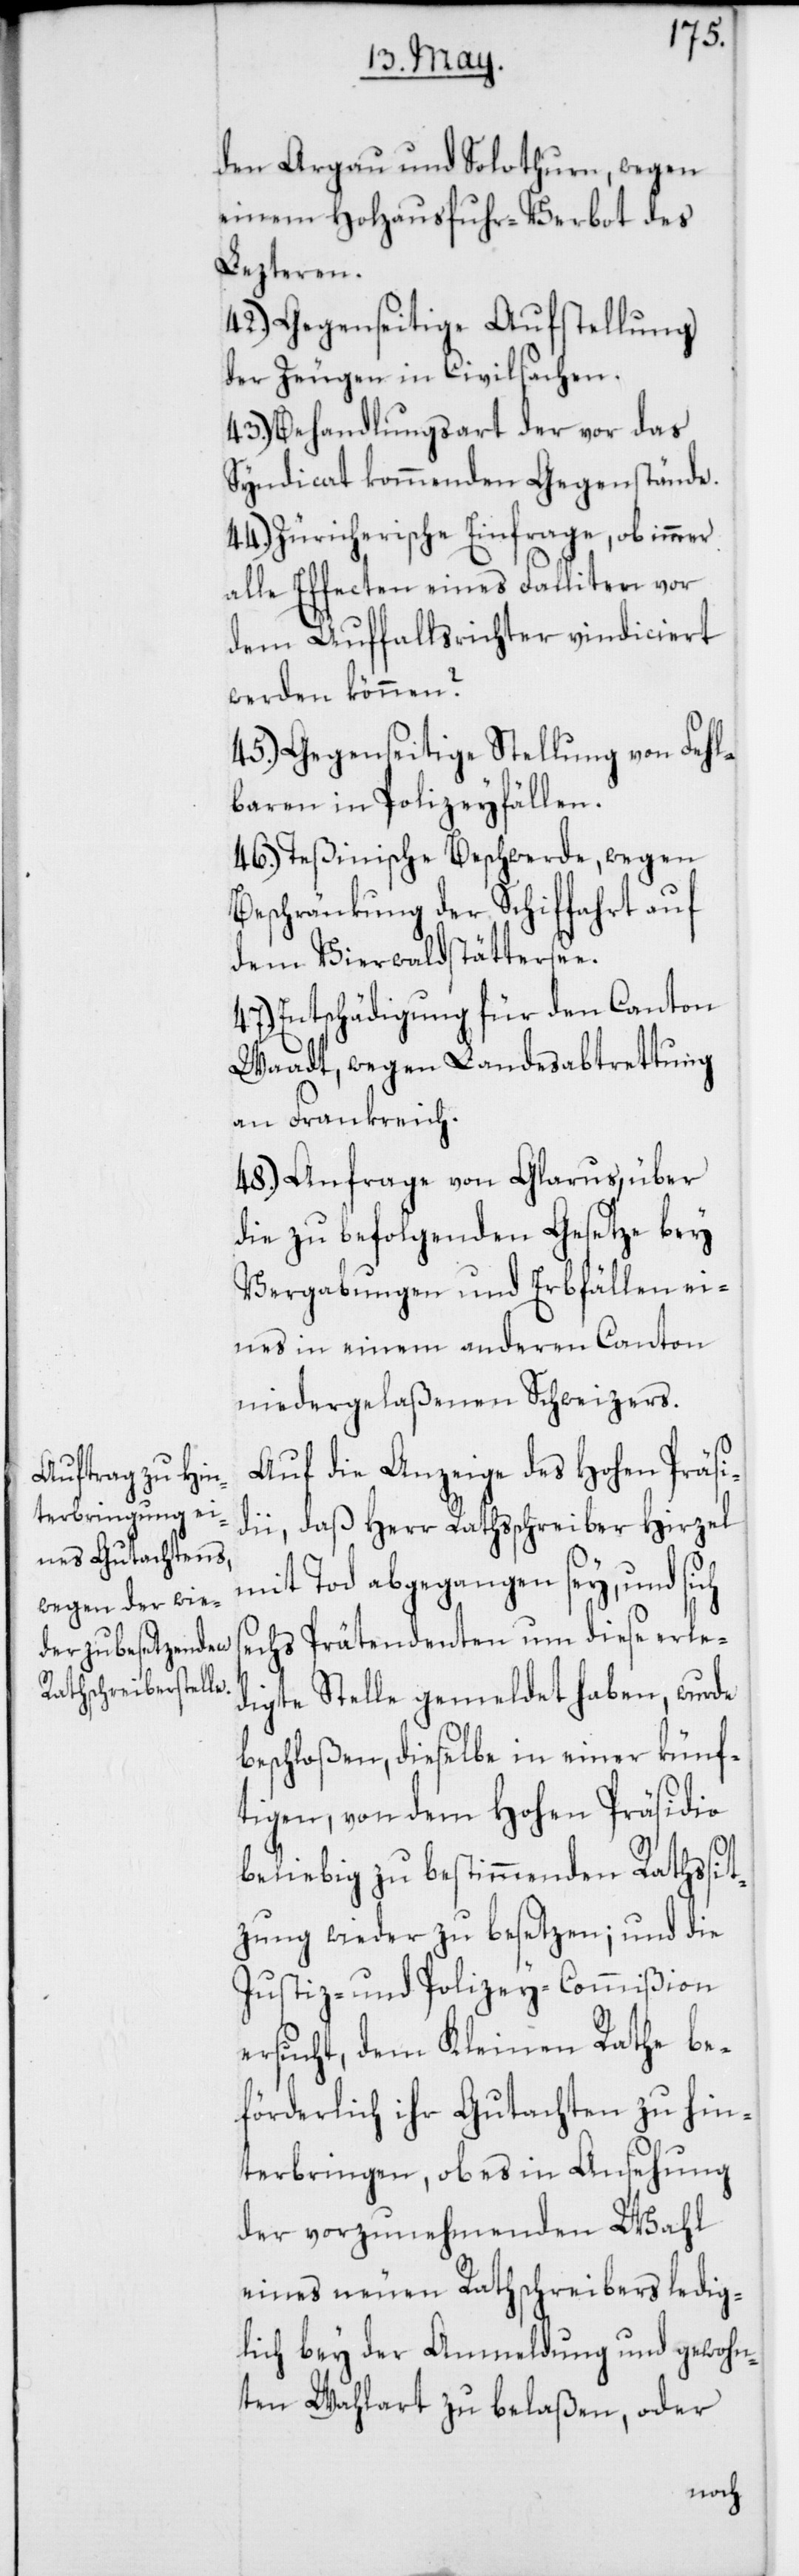
den Argau und Solothurn, wegen
einem Holzausfuhr-Verbot des
Lezteren.
42.) Gegenseitige Aufstellung
der Zeugen in Civilsachen.
43.) Behandlungsart der vor das
Syndicat kommenden Gegenstände.
44.) Züricherische Einfrage, ob immer
alle Effecten eines Falliten vor
dem Auffallsrichter vindiciert
werden können?
45.) Gegenseitige Stellung von Fehl¬
baren in Polizeyfällen.
46.) Teßinische Beschwerde, wegen
Beschränkung der Schiffahrt auf
dem Vierwaldstättersee.
47.) Entschädigung für den Canton
Waadt, wegen Landesabtrettung
an Frankreich.
48.) Anfrage von Glarus, über
die zu befolgenden Gesetze bey
Vergabungen und Erbfällen ei¬
nes in einem anderen Canton
niedergelaßenen Schweizers.
Auf die Anzeige des Hohen Präsi¬
dii, daß Herr Rathsschreiber Hirzel
mit Tod abgegangen sey, und sich
sechs Prätendenten um diese erle¬
digte Stelle gemeldet haben, wurde
beschloßen, dieselbe in einer künf¬
tigen, von dem Hohen Präsidio
beliebig zu bestimmenden Rathssit¬
zung wieder zu besetzen; und die
Justiz- und Polizey-Commißion
ersucht, dem Kleinen Rathe be¬
förderlich ihr Gutachten zu hin¬
terbringen, ob es in Ansehung
der vorzunehmenden Wahl
eines neuen Rathschreibers ledig¬
lich bey der Anmeldung und gewohn¬
ter Wahlart zu belaßen, oder